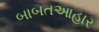
બાબતઆહાર